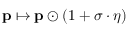
\mathbf { p } \mapsto \mathbf { p } \odot ( 1 + \sigma \cdot \boldsymbol { \eta } )